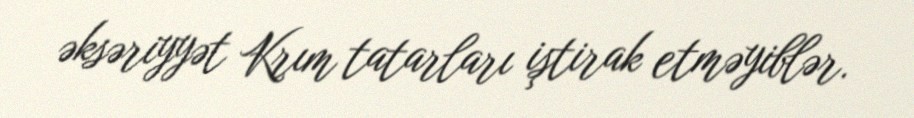
əksəriyyət Krım tatarları iştirak etməyiblər.